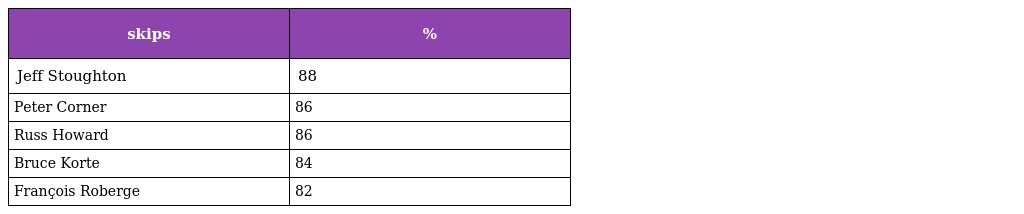
| skips | % |
 | --- | --- |
 | Jeff Stoughton | 88 |
 | Peter Corner | 86 |
 | Russ Howard | 86 |
 | Bruce Korte | 84 |
 | François Roberge | 82 |